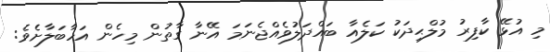
މި އުޅޭ ކާފިރު މުލްޙިދަކު ކަލެއާ ބައްދަލުވެއްޖެނަމަ އޭނާ ގާތުން މިހެން އަހާބަލާށެވެ: